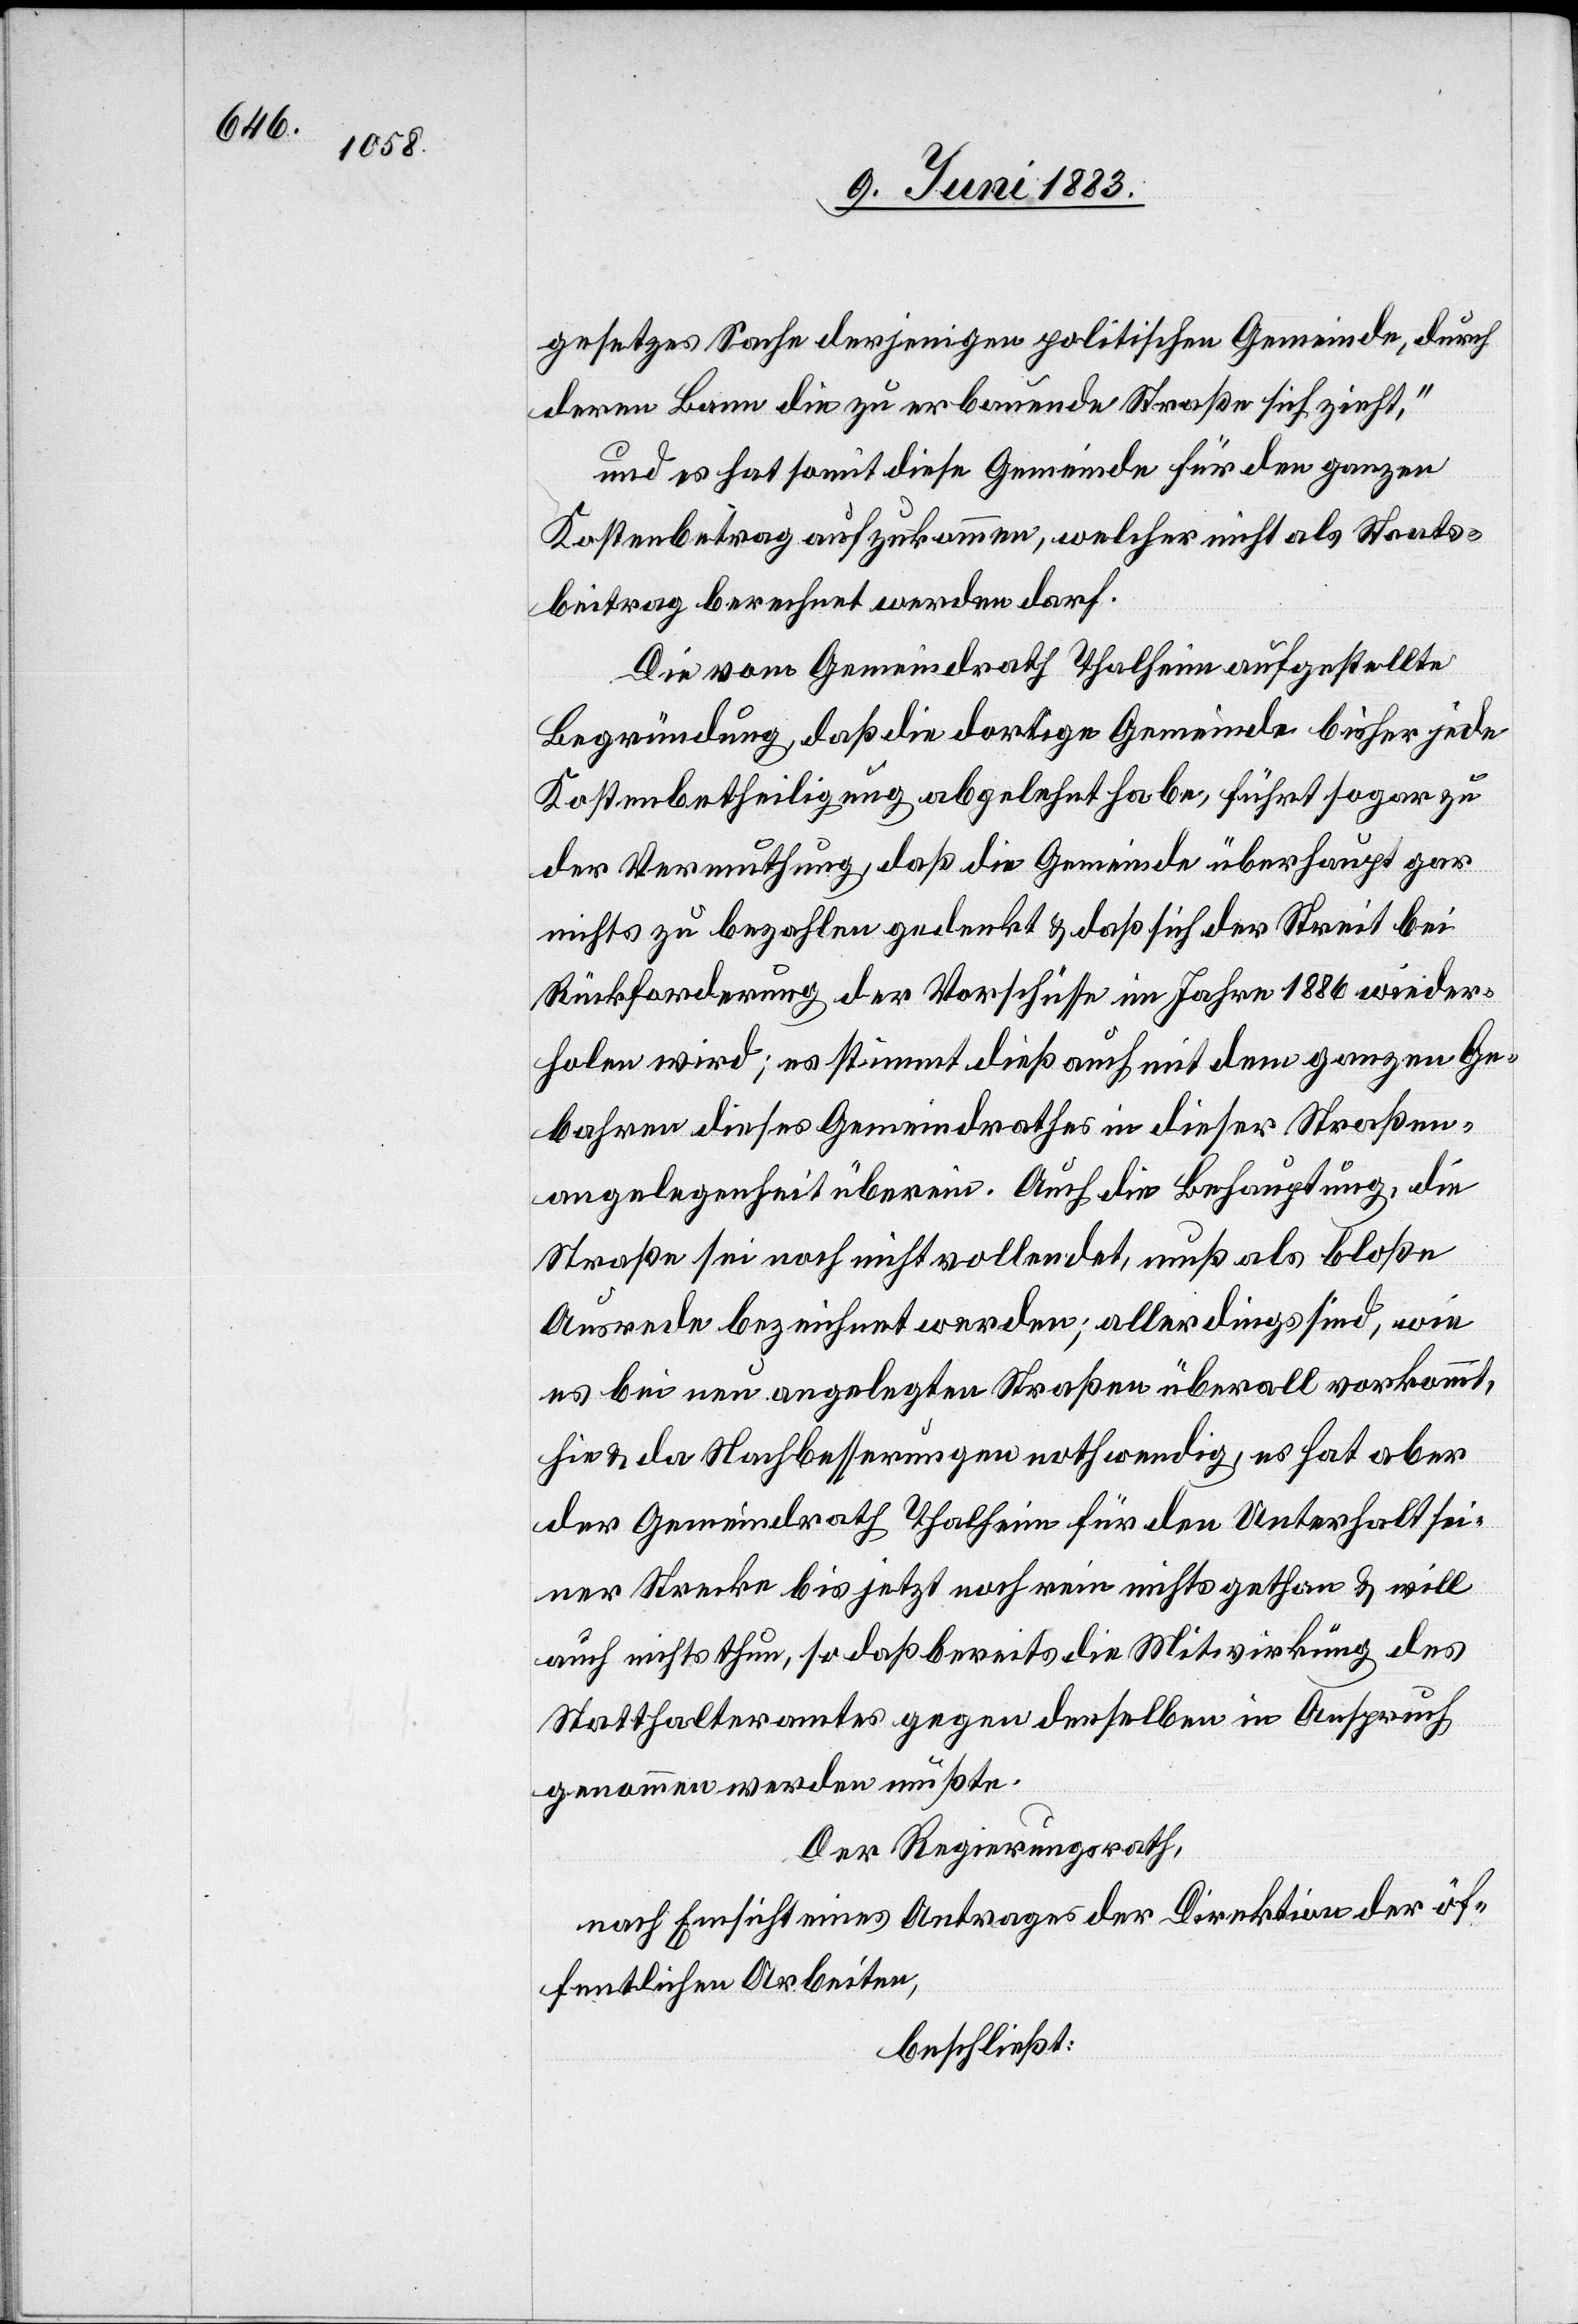
gesetzes Sache derjenigen politischen Gemeinde, durch
deren Bann die zu erbauende Straße sich zieht,“
und es hat somit diese Gemeinde für den ganzen
Kostenbetrag aufzukommen, welcher nicht als Staats¬
beitrag berechnet werden darf.
Die vom Gemeindrath Thalheim aufgestellte
Begründung, daß die dortige Gemeinde bisher jede
Kostenbetheiligung abgelehnt habe, führt sogar zu
der Vermuthung, daß die Gemeinde überhaupt gar
nichts zu bezahlen gedenkt & daß sich der Streit bei
Rückforderung der Vorschüsse im Jahre 1886 wieder¬
holen wir; es stimmt dieß auch mit dem ganzen Ge¬
bahren dieses Gemeindrathes in dieser Straßen¬
angelegenheit überein. Auch die Behauptung, die
Straße sei noch nicht vollendet, muß als bloße
Ausrede bezeichnet werden; allerdings sind, wie
es bei neu angelegten Straßen überall vorkommt,
hie & da Nachbesserungen nothwendig, es hat aber
der Gemeindrath Thalheim für den Unterhalt sei¬
ner Strecke bis jetzt noch rein nichts gethan & will
auch nichts thun, so daß bereits die Mitwirkung des
Statthalteramtes gegen denselben in Anspruch
genommen werden mußte.
Der Regierungsrath,
nach Einsicht eines Antrages der Direktion der öf¬
fentlichen Arbeiten,
beschließt: